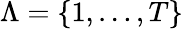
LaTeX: \Lambda=\{ 1,\dots,T\}